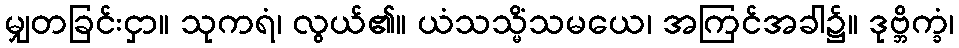
မျှတခြင်းငှာ။ သုကရံ၊ လွယ်၏။ ယံသသ္မိံသမယေ၊ အကြင်အခါ၌။ ဒုဗ္ဘိက္ခံ၊